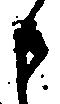
申